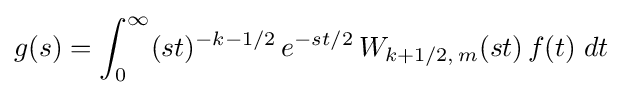
g(s)=\int _{0}^{\infty }(st)^{-k-1/2}\,e^{-st/2}\,W_{k+1/2,\,m}(st)\,f(t)\;dt